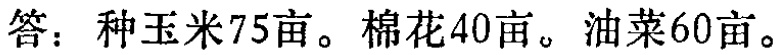
答：种玉米75亩。棉花40亩。油菜60亩。